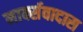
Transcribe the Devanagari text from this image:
मार्क्सवादास